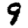
Digit: 9